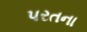
પરતના